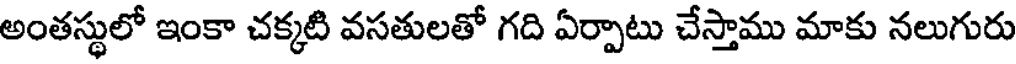
అంతస్థులో ఇంకా చక్కటి వసతులతో గది ఏర్పాటు చేస్తాము మాకు నలుగురు